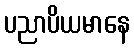
ပညာပိယမာနေ